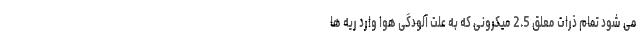
می شود تمام ذرات معلق 2.5 میکرونی که به علت آلودگی هوا وارد ریه ها